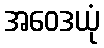
အဝေဒယုံ